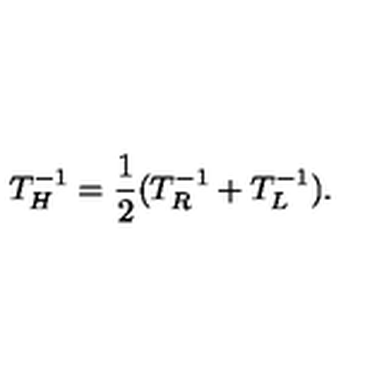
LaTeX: T _ { H } ^ { - 1 } = { \frac { 1 } { 2 } } ( T _ { R } ^ { - 1 } + T _ { L } ^ { - 1 } ) .